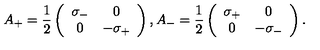
A _ { + } = \frac { 1 } { 2 } \left( \begin{array} { c c } { \sigma _ { - } } & { 0 } \\ { 0 } & { - \sigma _ { + } } \\ \end{array} \right) , A _ { - } = \frac { 1 } { 2 } \left( \begin{array} { c c } { \sigma _ { + } } & { 0 } \\ { 0 } & { - \sigma _ { - } } \\ \end{array} \right) .